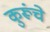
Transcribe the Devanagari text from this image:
कुरूंचे